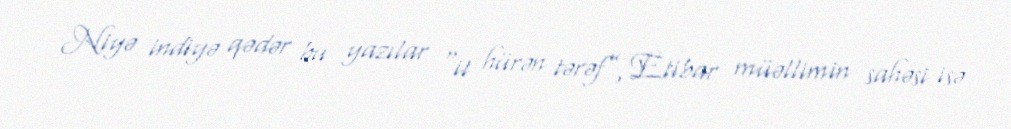
Niyə indiyə qədər bu yazılar “it hürən tərəf”, Etibar müəllimin sahəsi isə